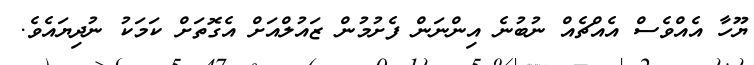
ޔޫހާ އެއްވެސް އެއްޗެއް ނުބުނެ އިންނަން ފެށުމުން ޒައުލްއަށް އެގޮތަށް ކަމަކު ނުދިޔައެވެ.